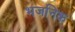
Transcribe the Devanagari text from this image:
भजनिक